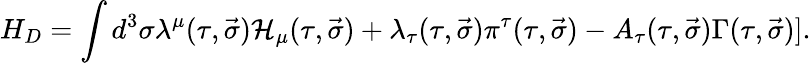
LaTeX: H_{D}=\int d^{3}\sigma\lambda^{\mu}(\tau,\vec{\sigma}){\cal H}_{\mu}(\tau,\vec{\sigma})+\lambda_{\tau}(\tau,\vec{\sigma})\pi^{\tau}(\tau,\vec{\sigma})-A_{\tau}(\tau,\vec{\sigma})\Gamma(\tau,\vec{\sigma})].